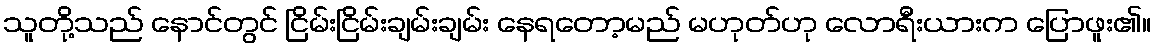
သူတို့သည် နောင်တွင် ငြိမ်းငြိမ်းချမ်းချမ်း နေရတော့မည် မဟုတ်ဟု လောရီးယားက ပြောဖူး၏။